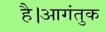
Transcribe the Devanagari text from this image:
है।आगंतुक